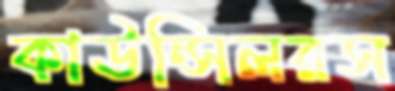
কাউন্সিলরস